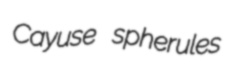
Cayuse spherules